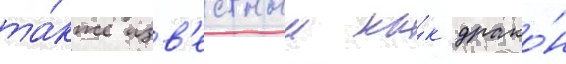
та́кже изв'естныи ка́к драко́н